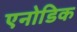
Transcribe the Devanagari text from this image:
एनोडिक